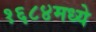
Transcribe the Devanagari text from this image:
१६८४मध्ये